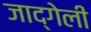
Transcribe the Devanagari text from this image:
जाद्गेली